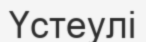
Үстеулі